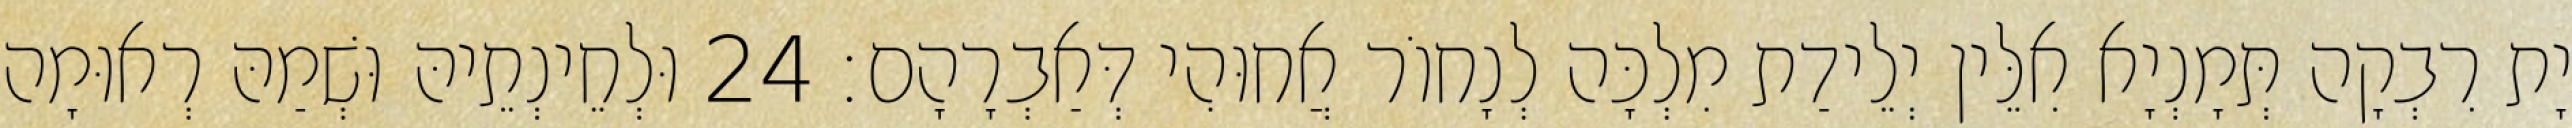
יָת רִבְקָה תְּמָנְיָא אִלֵּין יְלֵידַת מִלְכָּה לְנָחוֹר אֲחוּהִי דְּאַבְרָהָם׃ 24 וּלְחֵינְתֵיהּ וּשְׁמַהּ רְאוּמָה